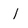
Character: l